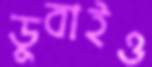
ডুবাইও